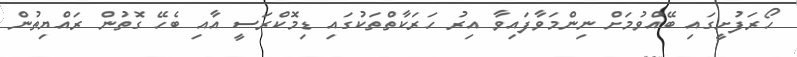
ހޯރަފުށީގައި ބޭއްވުމަށް ނިންމަވާފައިވާ އިރު ހަރަކާތްތަކުގައި ޑިމޮކްރަސީ އާއި ބެހޭ ގޮތުން ރައްޔިތުން